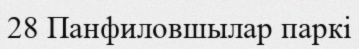
28 Панфиловшылар паркі